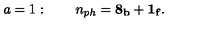
a = 1 : \qquad n _ { p h } = \mathrm { { \bf 8 _ b + 1 _ f } } .